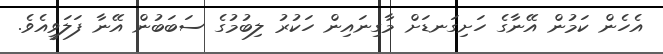
އެހެން ކަމުން އޭނާގެ ހަށިގަނޑަށް މާގިނައިން ހަކުރު ލިބުމުގެ ސަބަބުން އޭނާ ފަލަވީއެވެ.